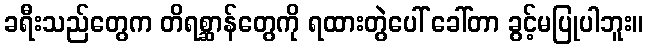
ခရီးသည်တွေက တိရစ္ဆာန်တွေကို ရထားတွဲပေါ် ခေါ်တာ ခွင့်မပြုပါဘူး။